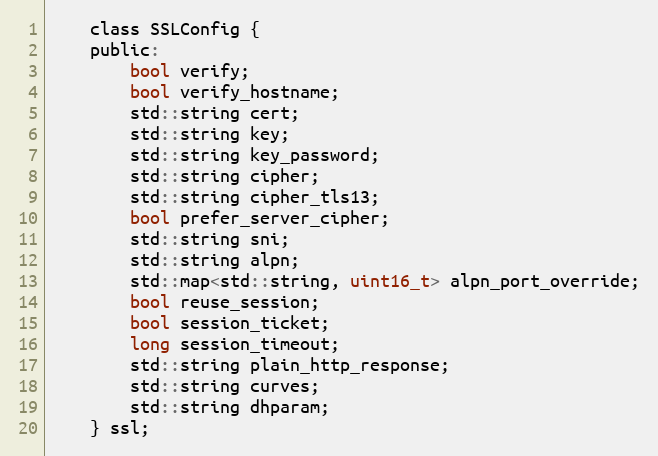
Language: C
    class SSLConfig {
    public:
        bool verify;
        bool verify_hostname;
        std::string cert;
        std::string key;
        std::string key_password;
        std::string cipher;
        std::string cipher_tls13;
        bool prefer_server_cipher;
        std::string sni;
        std::string alpn;
        std::map<std::string, uint16_t> alpn_port_override;
        bool reuse_session;
        bool session_ticket;
        long session_timeout;
        std::string plain_http_response;
        std::string curves;
        std::string dhparam;
    } ssl;